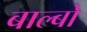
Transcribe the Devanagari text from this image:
बाल्बो